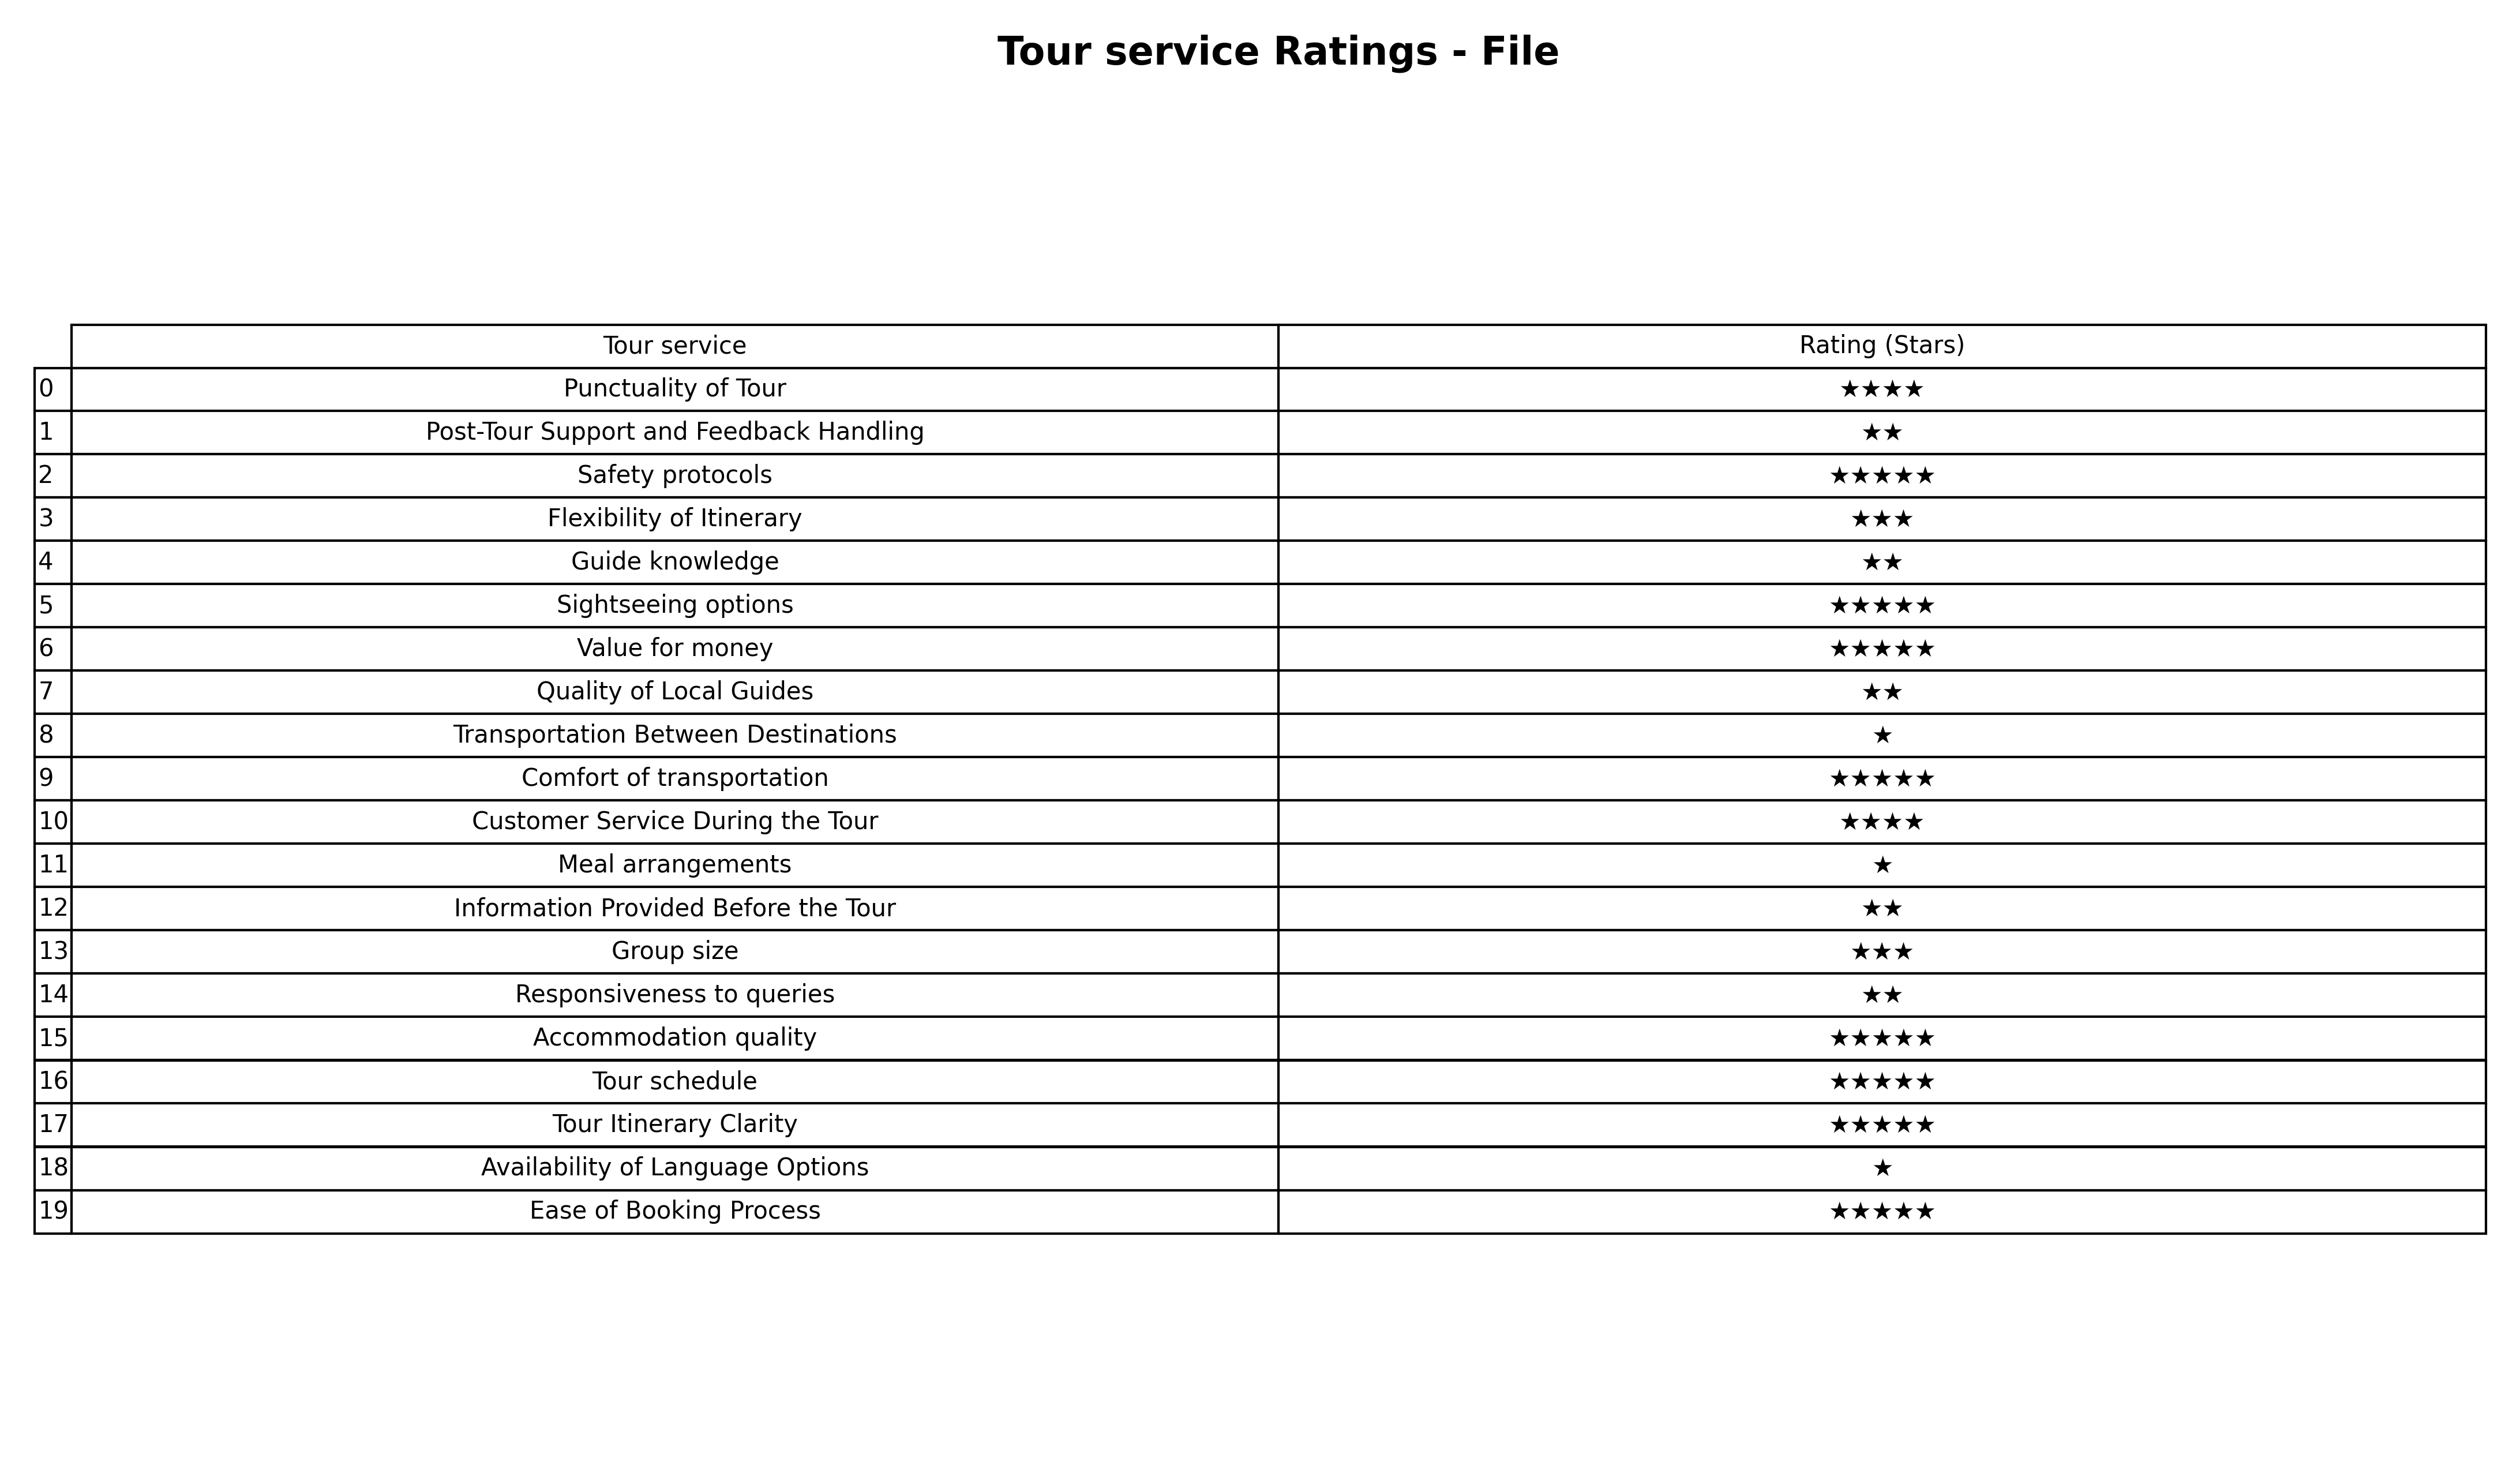
question: What is the rating of Transportation Between Destinations?
answer: ★